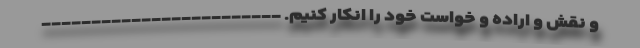
و نقش و اراده و خواست خود را انکار کنیم. ------------------------